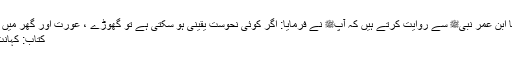
1492: سیدنا ابن عمرؓ نبیﷺ سے روایت کرتے ہیں کہ آپﷺ نے فرمایا: اگر کوئی نحوست یقینی ہو سکتی ہے تو گھوڑے ، عورت اور گھر میں ہو سکتی ہے
کتاب: کہانت کے متعلق۔